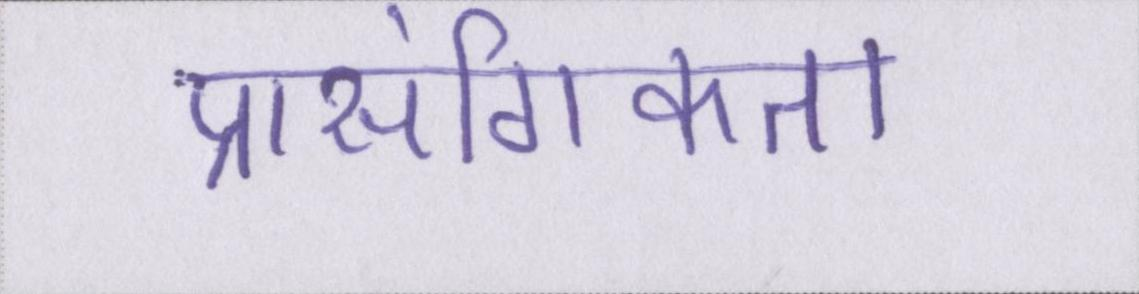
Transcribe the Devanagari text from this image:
प्रासंगिकता